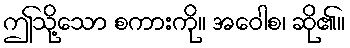
ဤသို့သော စကားကို။ အဝေါစ၊ ဆို၏။